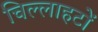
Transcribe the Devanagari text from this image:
चिल्लाहटों